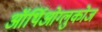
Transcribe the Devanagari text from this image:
ऑर्थिओग्लुकोज